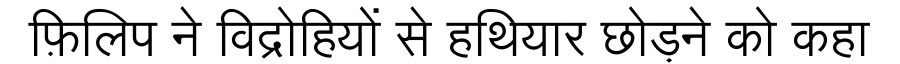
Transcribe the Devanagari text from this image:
फ़िलिप ने विद्रोहियों से हथियार छोड़ने को कहा